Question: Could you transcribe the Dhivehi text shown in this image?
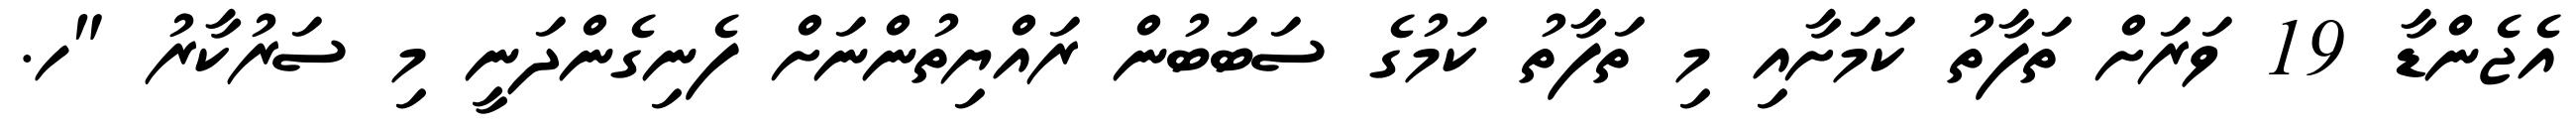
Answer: އެޖެންޑާ 19 ވަރަށް ތަފާތު ކަމަށާއި މި ތަފާތު ކަމުގެ ސަބަބުން ރައްޔިތުންނަށް ފެނިގެންދަނީ މި ސަރުކާރު "ހ.